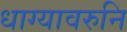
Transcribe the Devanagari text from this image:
धाग्यावरुनि